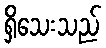
ရှိသေးသည်